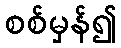
စစ်မှန်၍